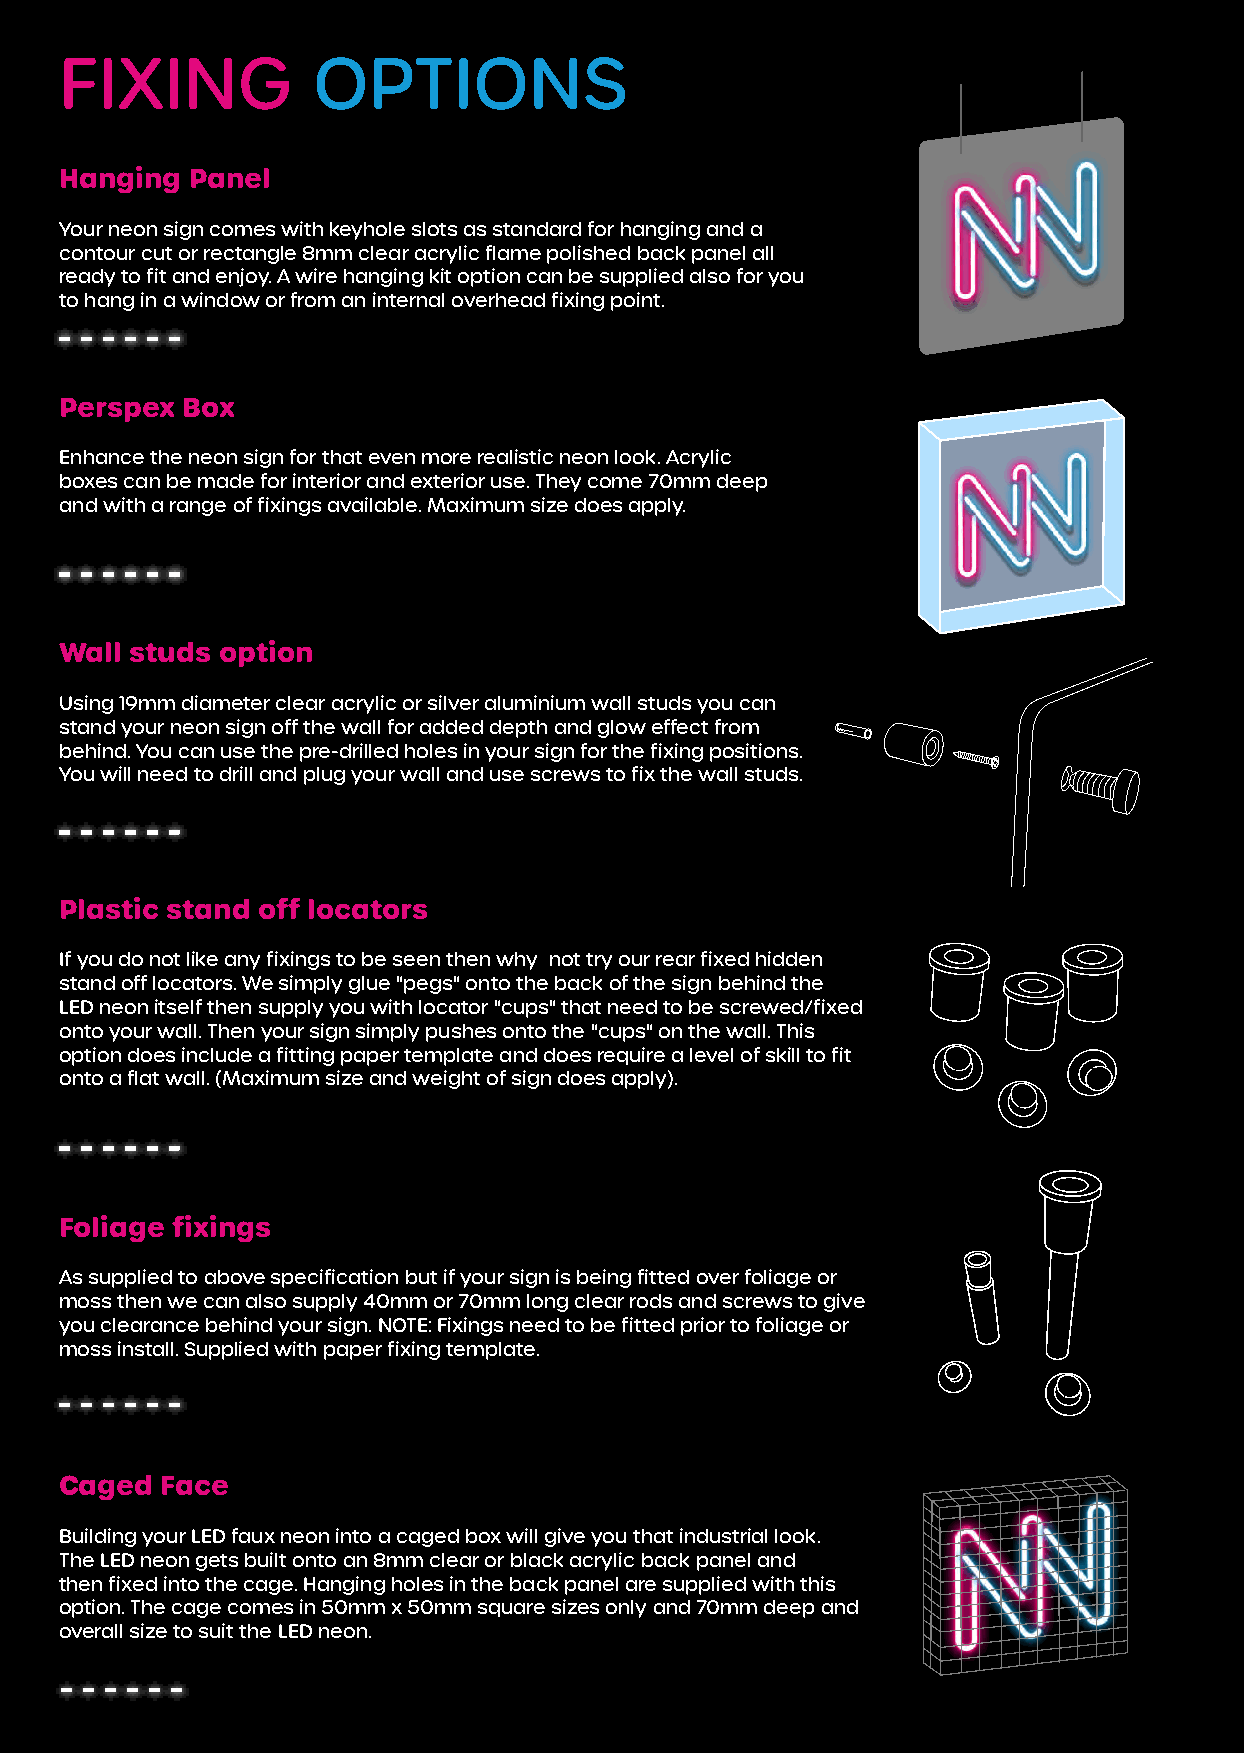
FIXING           OPTIONS
 Hanging Panel
 Your neon sign comes with keyhole slots as standard for hanging and a
 contour cut or rectangle 8mm clear acrylic flame polished back panel all
 ready to fit and enjoy. A wire hanging kit option can be supplied also for you
 to hang in a window or from an internal overhead fixing point.
 Perspex Box
 Enhance the neon sign for that even more realistic neon look. Acrylic
 boxes can be made for interior and exterior use. They come 70mm deep
 and with a range of fixings available. Maximum size does apply.
 Wall studs option
 Using 19mm diameter clear acrylic or silver aluminium wall studs you can
 stand your neon sign off the wall for added depth and glow effect from
 behind. You can use the pre-drilled holes in your sign for the fixing positions.
 You will need to drill and plug your wall and use screws to fix the wall studs.
 Plastic stand off locators
 If you do not like any fixings to be seen then why not try our rear fixed hidden
 stand off locators. We simply glue "pegs" onto the back of the sign behind the
 LED neon itself then supply you with locator "cups" that need to be screwed/fixed
 onto your wall. Then your sign simply pushes onto the "cups" on the wall. This
 option does include a fitting paper template and does require a level of skill to fit
 onto a flat wall. (Maximum size and weight of sign does apply).
 Foliage fixings
 As supplied to above specification but if your sign is being fitted over foliage or
 moss then we can also supply 40mm or 70mm long clear rods and screws to give
 you clearance behind your sign. NOTE: Fixings need to be fitted prior to foliage or
 moss install. Supplied with paper fixing template.
 Caged  Face
 Building your LED faux neon into a caged box will give you that industrial look.
 The LED neon gets built onto an 8mm clear or black acrylic back panel and
 then fixed into the cage. Hanging holes in the back panel are supplied with this
 option. The cage comes in 50mm x 50mm square sizes only and 70mm deep and
 overall size to suit the LED neon.